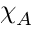
\chi _ { A }